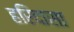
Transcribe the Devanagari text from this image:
हरिदासा